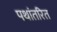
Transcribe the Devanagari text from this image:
पथांतरित